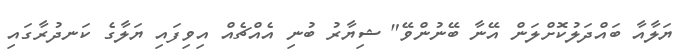
ޔަލާއާ ބައްދަލުކޮށްލަން އޭނާ ބޭނުންވޭ" ޝިޔާރު ބުނި އެއްޗެއް އިވިފައި ޔަލާގެ ކަނދުރާގައި